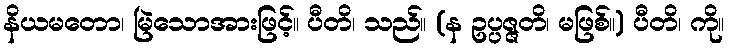
နိယမတော၊ မြဲသောအားဖြင့်။ ပီတိ၊ သည်။ (န ဥပ္ပဇ္ဇတိ၊ မဖြစ်။) ပီတိ၊ ကို။